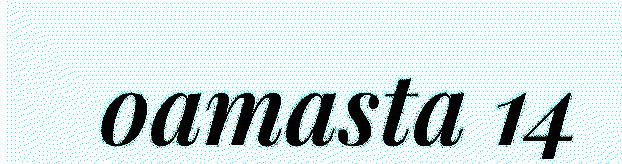
oamasta 14